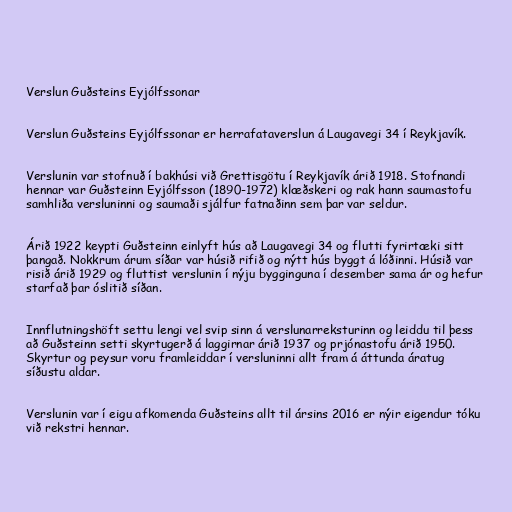
Verslun Guðsteins Eyjólfssonar

Verslun Guðsteins Eyjólfssonar er herrafataverslun á Laugavegi 34 í Reykjavík.

Verslunin var stofnuð í bakhúsi við Grettisgötu í Reykjavík árið 1918. Stofnandi
hennar var Guðsteinn Eyjólfsson (1890-1972) klæðskeri og rak hann saumastofu
samhliða versluninni og saumaði sjálfur fatnaðinn sem þar var seldur.

Árið 1922 keypti Guðsteinn einlyft hús að Laugavegi 34 og flutti fyrirtæki sitt
þangað. Nokkrum árum síðar var húsið rifið og nýtt hús byggt á lóðinni. Húsið var
risið árið 1929 og fluttist verslunin í nýju bygginguna í desember sama ár og hefur
starfað þar óslitið síðan.

Innflutningshöft settu lengi vel svip sinn á verslunarreksturinn og leiddu til þess
að Guðsteinn setti skyrtugerð á laggirnar árið 1937 og prjónastofu árið 1950.
Skyrtur og peysur voru framleiddar í versluninni allt fram á áttunda áratug
síðustu aldar.

Verslunin var í eigu afkomenda Guðsteins allt til ársins 2016 er nýir eigendur tóku
við rekstri hennar.